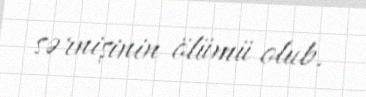
sərnişinin ölümü olub.